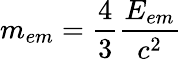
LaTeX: m_{em}={\frac{4}{3}}{\frac{E_{em}}{c^{2}}}